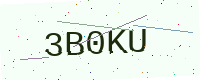
Text: 3B0KU